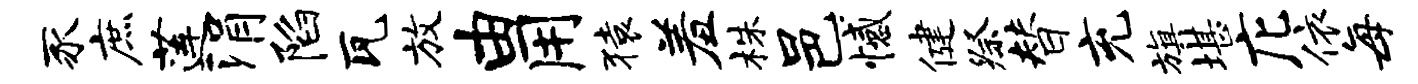
豕庶莲涓陷瓦放由用猿羞株邑憾健祭替充旗堪庀依每